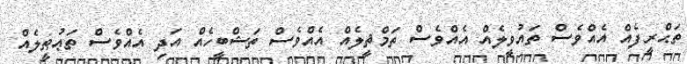
ތަޙްރީފެއް އެއްވެސް ތައުވީލެއް އެއްވެސް ތަމްޘީލެއް އެއްވެސް ތަޝްބީހެއް އަދި އެއްވެސް ތަޢުޠީލެއް